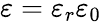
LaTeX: \varepsilon=\varepsilon_{r}\varepsilon_{0}